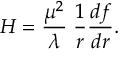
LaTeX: H = { \frac { \mu ^ { 2 } } { \lambda } } \; { \frac { 1 } { r } } { \frac { d f } { d r } } .